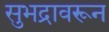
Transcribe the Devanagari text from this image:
सुभद्रावरून